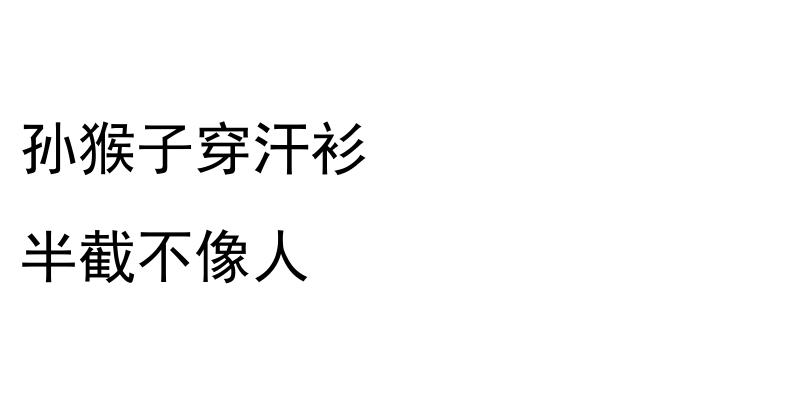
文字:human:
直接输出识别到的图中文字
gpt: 孙猴子穿汗衫 半截不像人